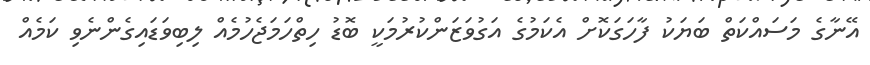
އޭނާގެ މަސައްކަތް ބަޔަކު ފާހަގަކޮށް އެކަމުގެ އަގުވަޒަންކުރުމަކީ ބޮޑު ހިތްހަމަޖެހުމެއް ލިބިވަޑައިގެންނެވި ކަމެއް